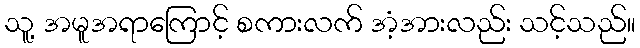
သူ့ အမူအရာကြောင့် စကားလက် အံ့အားလည်း သင့်သည်။